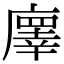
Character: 𢋇